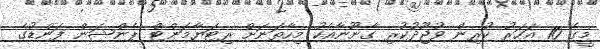
މީގެ 10 އަހަރު ކުރިން ވުޖޫދުކުރި ގާނޫނާއެކު މިހާތަނަށް ރިޓަޔާމަންޓް ޕެންޝަން ފަންޑުގެ